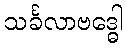
သင်္ခလာဗဒ္ဓေါ